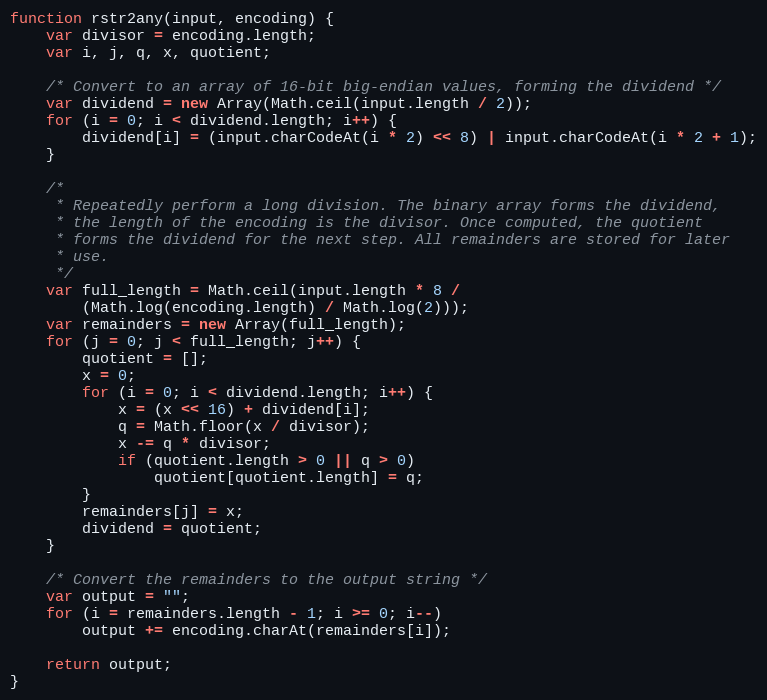
Language: JavaScript
function rstr2any(input, encoding) {
    var divisor = encoding.length;
    var i, j, q, x, quotient;

    /* Convert to an array of 16-bit big-endian values, forming the dividend */
    var dividend = new Array(Math.ceil(input.length / 2));
    for (i = 0; i < dividend.length; i++) {
        dividend[i] = (input.charCodeAt(i * 2) << 8) | input.charCodeAt(i * 2 + 1);
    }

    /*
     * Repeatedly perform a long division. The binary array forms the dividend,
     * the length of the encoding is the divisor. Once computed, the quotient
     * forms the dividend for the next step. All remainders are stored for later
     * use.
     */
    var full_length = Math.ceil(input.length * 8 /
        (Math.log(encoding.length) / Math.log(2)));
    var remainders = new Array(full_length);
    for (j = 0; j < full_length; j++) {
        quotient = [];
        x = 0;
        for (i = 0; i < dividend.length; i++) {
            x = (x << 16) + dividend[i];
            q = Math.floor(x / divisor);
            x -= q * divisor;
            if (quotient.length > 0 || q > 0)
                quotient[quotient.length] = q;
        }
        remainders[j] = x;
        dividend = quotient;
    }

    /* Convert the remainders to the output string */
    var output = "";
    for (i = remainders.length - 1; i >= 0; i--)
        output += encoding.charAt(remainders[i]);

    return output;
}